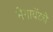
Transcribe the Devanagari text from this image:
मेगावॅटचे